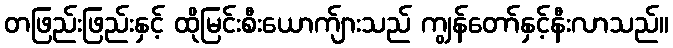
တဖြည်းဖြည်းနှင့် ထိုမြင်းစီးယောက်ျားသည် ကျွန်တော်နှင့်နီးလာသည်။